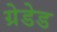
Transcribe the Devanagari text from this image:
ग्रेडेड